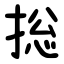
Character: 捴